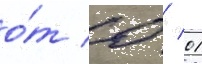
о́т 0 / 01